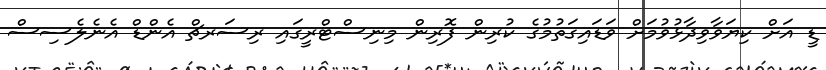
ޑީ އަށް ކިޔަވާވިދާޅުވުމަށް ވަޑައިގަތުމުގެ ކުރިން ފޮރިން މިނިސްޓްރީގައި ރިސަރޗް އެންޑް އެނެލެސިސް